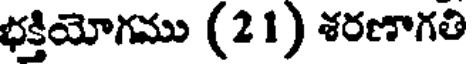
భక్తియోగము (21) శరణాగతి